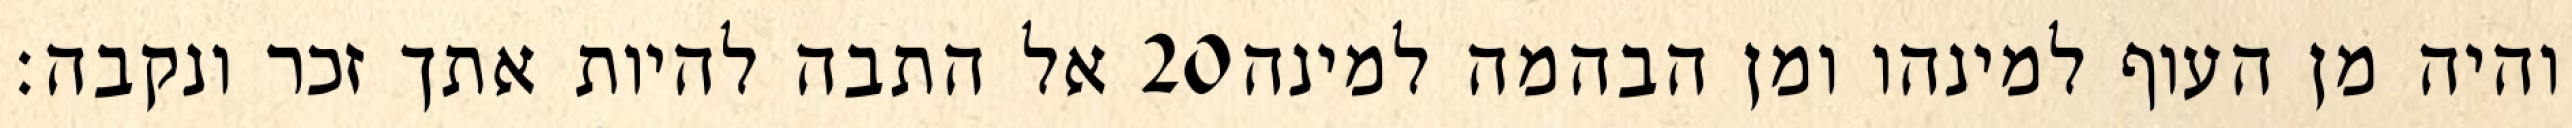
אל התבה להיות אתך זכר ונקבה׃ ‎20‏ והיה מן העוף למינהו ומן הבהמה למינה